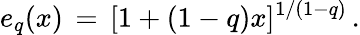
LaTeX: e_{q}(x)\, =\, [1+(1-q)x]^{1/(1-q)}\, .